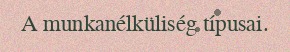
A munkanélküliség típusai.